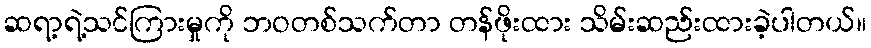
ဆရာ့ရဲ့သင်ကြားမှုကို ဘဝတစ်သက်တာ တန်ဖိုးထား သိမ်းဆည်းထားခဲ့ပါတယ်။